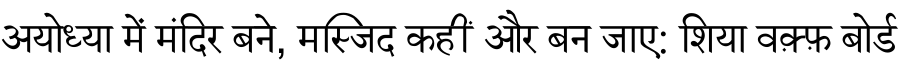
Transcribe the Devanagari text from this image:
अयोध्या में मंदिर बने, मस्जिद कहीं और बन जाए: शिया वक़्फ़ बोर्ड